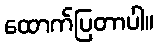
ထောက်ပြတာပါ။